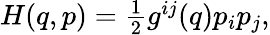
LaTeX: \begin{array}{r}{H(q,p)=\frac{1}{2}g^{ij}(q)p_{i}p_{j},}\end{array}